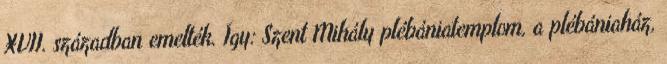
XVII. században emelték. Így: Szent Mihály plébániatemplom, a plébániaház,